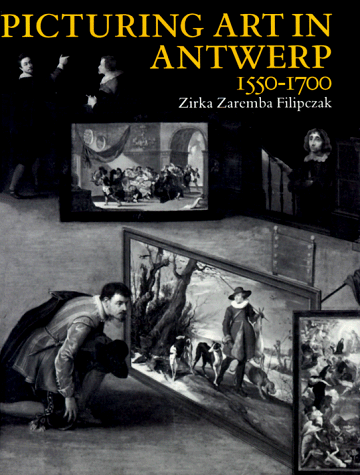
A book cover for Picturing Art in Antwerp, 1550-1700; Zirka Zaremba Filipczak; History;